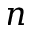
n